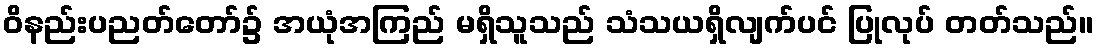
ဝိနည်းပညတ်တော်၌ အယုံအကြည် မရှိသူသည် သံသယရှိလျက်ပင် ပြုလုပ် တတ်သည်။